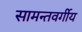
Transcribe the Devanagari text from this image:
सामन्तवर्गीय